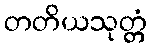
တတိယသုတ္တံ